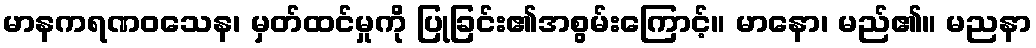
မာနကရဏဝသေန၊ မှတ်ထင်မှုကို ပြုခြင်း၏အစွမ်းကြောင့်။ မာနော၊ မည်၏။ မညနာ